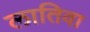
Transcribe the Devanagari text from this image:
लातिवा